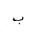
Letter: _ba